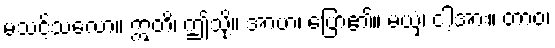
မသင့်သလော။ ဣတိ၊ ဤသို့။ အာဟ၊ ပြော၏။ မယှံ၊ ငါ့အား။ တာဝ၊